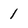
Character: 1